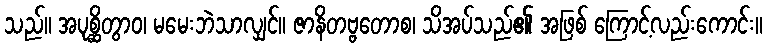
သည်။ အပုစ္ဆိတွာဝ၊ မမေးဘဲသာလျှင်။ ဇာနိတဗ္ဗတောစ၊ သိအပ်သည်၏ အဖြစ် ကြောင့်လည်းကောင်း။